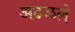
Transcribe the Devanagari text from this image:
अढळले